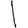
Digit: 1